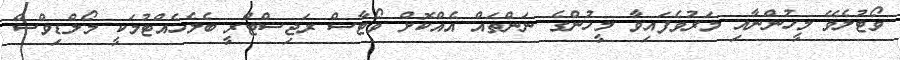
ވޯޓުލެވޭ މީހުންނާއި މަރުވެފައިވާ މީހުންގެ ނަންތައް އެއްކޮށް ވޯޓާސް ރަޖިސްޓްރީ ބެލެހެއްޓުމަކީ މޯލްޑިވްސް